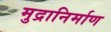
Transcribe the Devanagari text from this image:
मुद्रानिर्माण